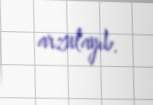
arzulayıb.